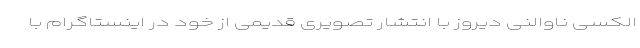
الکسی ناوالنی دیروز با انتشار تصویری قدیمی از خود در اینستاگرام با